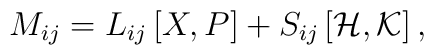
M_{ij}=L_{ij}\left[ X,P\right] +S_{ij}\left[ {\cal H},{\cal K}\right] ,